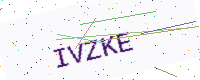
Text: IVZKE